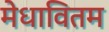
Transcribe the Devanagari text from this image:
मेधावितम